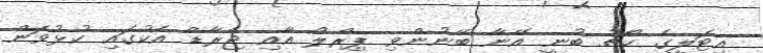
އިޓަލީގެ ކޯޗު ބުނީ އޭނާ ބޭނުންވި ޕިރްލޯ އާއި ޖެރާޑް އެކުގައި ކުޅުވަން